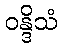
ဝန္ဒိသံ